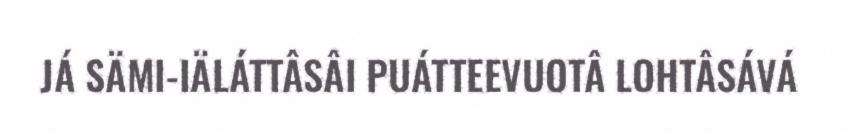
JÁ SÄMI-IÄLÁTTÂSÂI PUÁTTEEVUOTÂ LOHTÂSÁVÁ